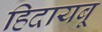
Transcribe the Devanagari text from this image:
हिदायबू